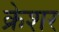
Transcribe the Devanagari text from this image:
क्रेशर